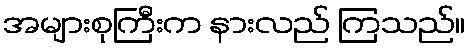
အများစုကြီးက နားလည် ကြသည်။